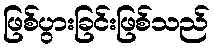
ဖြစ်ပွားခြင်းဖြစ်သည်